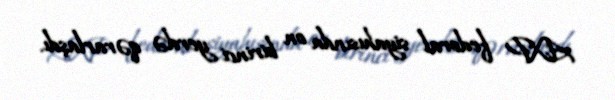
AXP federal siyahısında on birinci yerdə qərarlaşdı.